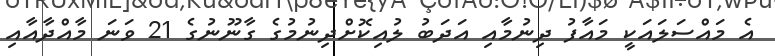
އެ މައްސަލައަކީ މައާފު ދިނުމާއި އަދަބު ލުއިކޮށްދިނުމުގެ ގާނޫނުގެ 21 ވަނަ މާއްދާއާއި